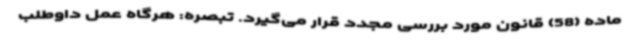
ماده (58) قانون مورد بررسی مجدد قرار می‌گیرد. تبصره: هرگاه عمل داوطلب